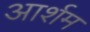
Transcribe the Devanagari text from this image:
आर्शम